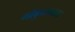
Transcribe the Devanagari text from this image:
गोकुळमळा